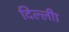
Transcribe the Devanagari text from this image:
दिल्लीा